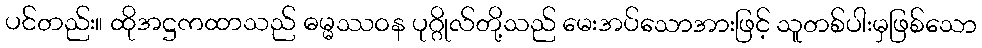
ပင်တည်း။ ထိုအဋ္ဌကထာသည် ဓမ္မဿဝန ပုဂ္ဂိုလ်တို့သည် မေးအပ်သောအားဖြင့် သူတစ်ပါးမှဖြစ်သော